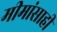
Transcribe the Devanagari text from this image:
मीमांसाही